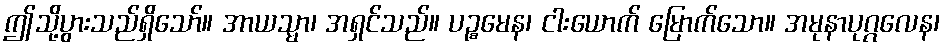
ဤသို့ပွားသည်ရှိသော်။ အာယသ္မာ၊ အရှင်သည်။ ပဉ္စမေန၊ ငါးယောက် မြောက်သော။ အမုနာပုဂ္ဂလေန၊